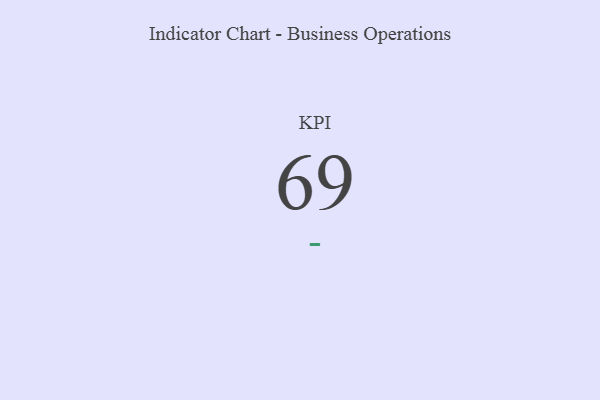
{"axis": {"x": "KPI", "y": "Value"}, "legend": [""], "data": [{"x": "KPI", "y": 69, "type": ""}]}